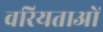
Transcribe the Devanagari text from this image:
वरियताओं